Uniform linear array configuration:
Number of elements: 32
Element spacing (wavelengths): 0.25
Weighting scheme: hann
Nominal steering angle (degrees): -60
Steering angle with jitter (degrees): -61.687
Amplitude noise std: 0.05
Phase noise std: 0.05

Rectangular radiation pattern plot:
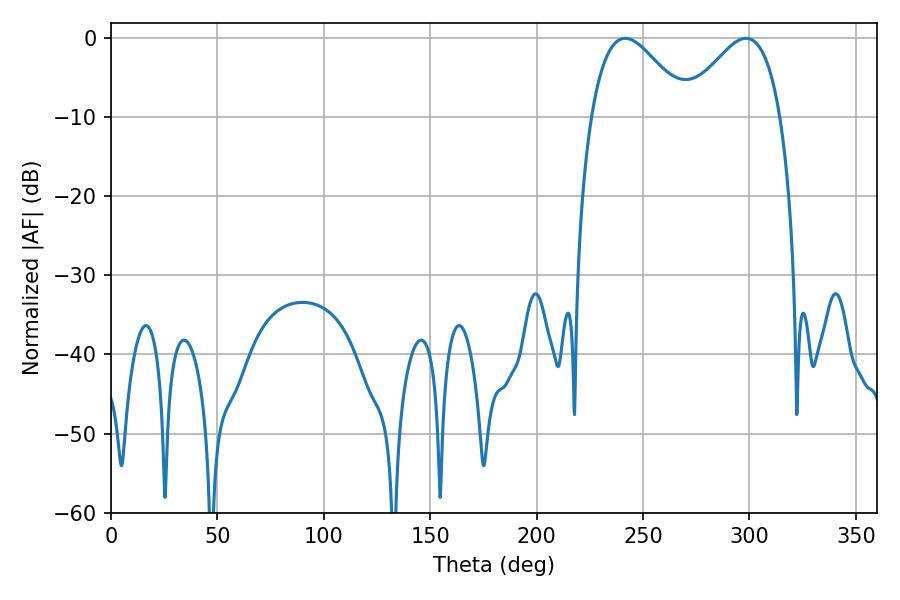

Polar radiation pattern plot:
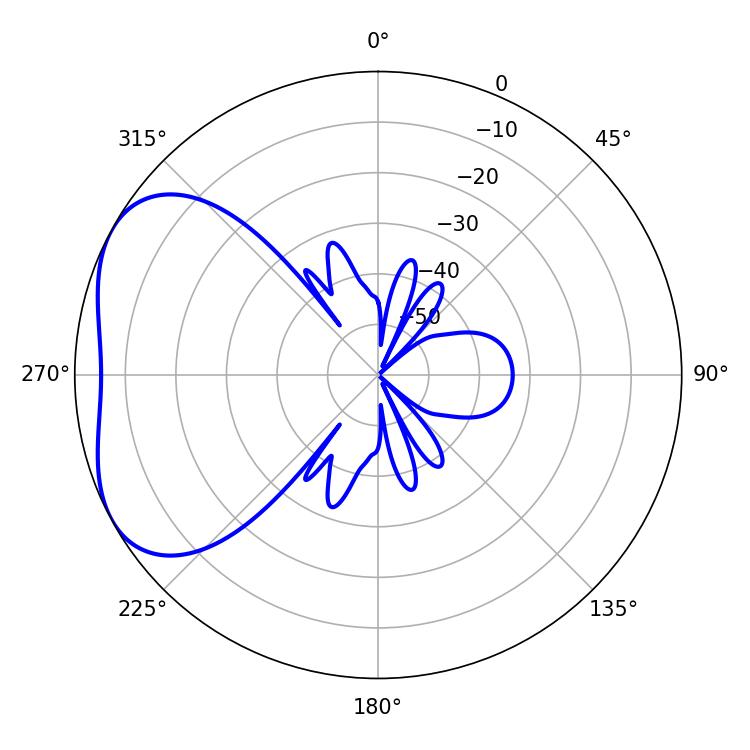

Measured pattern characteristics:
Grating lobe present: FALSE
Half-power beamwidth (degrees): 24.3
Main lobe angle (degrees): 241.56